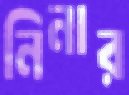
নিনার